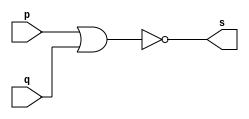
// --------------------- 
// Exemplo0007 - NOR 
// Nome: Rafael Tadeu Cmapos de Medeiros 
// --------------------- 
// --------------------- 
// -- nor gate 
// --------------------- 
module norgate (output s, 
input  p, 
input  q); 
assign s = ~(p|q) ; 
endmodule // norgate
// --------------------- 
// -- test nor gate 
// --------------------- 
module testnorgate; 
// ------------------------- dados locais 
reg  a,b; // definir registrador 
wire s; // definir conexao (fio) 
// ------------------------- instancia 
norgate NOR1 (s, a, b); 
// ------------------------- preparacao 
initial begin:start 
a=0; b=0;

end 
// ------------------------- parte principal 
initial begin:main 
$display("Exemplo0007 - Rafael Tadeu - 451609"); 
$display("Test NOR gate"); 
$display("\n a ~| b = s\n"); 
$monitor("%b ~| %b = %b", a, b, s); 
#1 a=0; b=0;  
#1 a=0; b=1;
#1 a=1; b=0;
#1 a=1; b=1;
end 
endmodule // testnorgate 

//Exemplo0007 - Rafael Tadeu - 451609
    //Test NOR gate
    //
     //a ~| b = s
    //
    //0 ~| 0 = 1
    //0 ~| 1 = 0
    //1 ~| 0 = 0
    //1 ~| 1 = 0